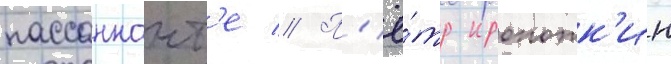
пассаннант'е // П'ё́тр кропотк'ин